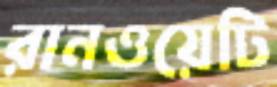
রানওয়েটি